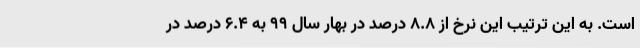
است. به این ترتیب این نرخ از 8.8 درصد در بهار سال 99 به 6.4 درصد در